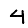
Digit: 4